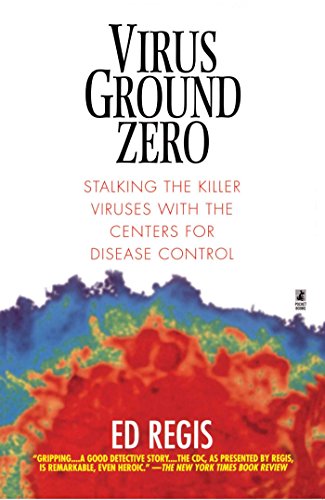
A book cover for Virus Ground Zero: Stalking the Killer Viruses with the Centers for Disease Control; Ed Regis; Medical Books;